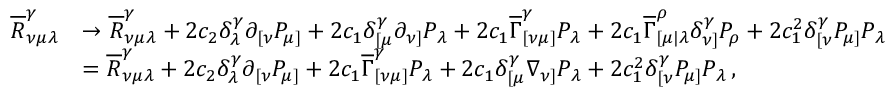
\begin{array} { r l } { \overline { { R } } _ { \nu \mu \lambda } ^ { \gamma } } & { \rightarrow \overline { { R } } _ { \nu \mu \lambda } ^ { \gamma } + 2 c _ { 2 } \delta _ { \lambda } ^ { \gamma } \partial _ { [ \nu } P _ { \mu ] } + 2 c _ { 1 } \delta _ { [ \mu } ^ { \gamma } \partial _ { \nu ] } P _ { \lambda } + 2 c _ { 1 } \overline { { \Gamma } } _ { [ \nu \mu ] } ^ { \gamma } P _ { \lambda } + 2 c _ { 1 } \overline { { \Gamma } } _ { [ \mu | \lambda } ^ { \rho } \delta _ { \nu ] } ^ { \gamma } P _ { \rho } + 2 c _ { 1 } ^ { 2 } \delta _ { [ \nu } ^ { \gamma } P _ { \mu ] } P _ { \lambda } } \\ & { = \overline { { R } } _ { \nu \mu \lambda } ^ { \gamma } + 2 c _ { 2 } \delta _ { \lambda } ^ { \gamma } \partial _ { [ \nu } P _ { \mu ] } + 2 c _ { 1 } \overline { { \Gamma } } _ { [ \nu \mu ] } ^ { \gamma } P _ { \lambda } + 2 c _ { 1 } \delta _ { [ \mu } ^ { \gamma } \nabla _ { \nu ] } P _ { \lambda } + 2 c _ { 1 } ^ { 2 } \delta _ { [ \nu } ^ { \gamma } P _ { \mu ] } P _ { \lambda } \, , } \end{array}